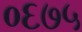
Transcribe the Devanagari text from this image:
०६७५